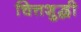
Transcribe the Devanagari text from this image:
चित्तशुद्धी